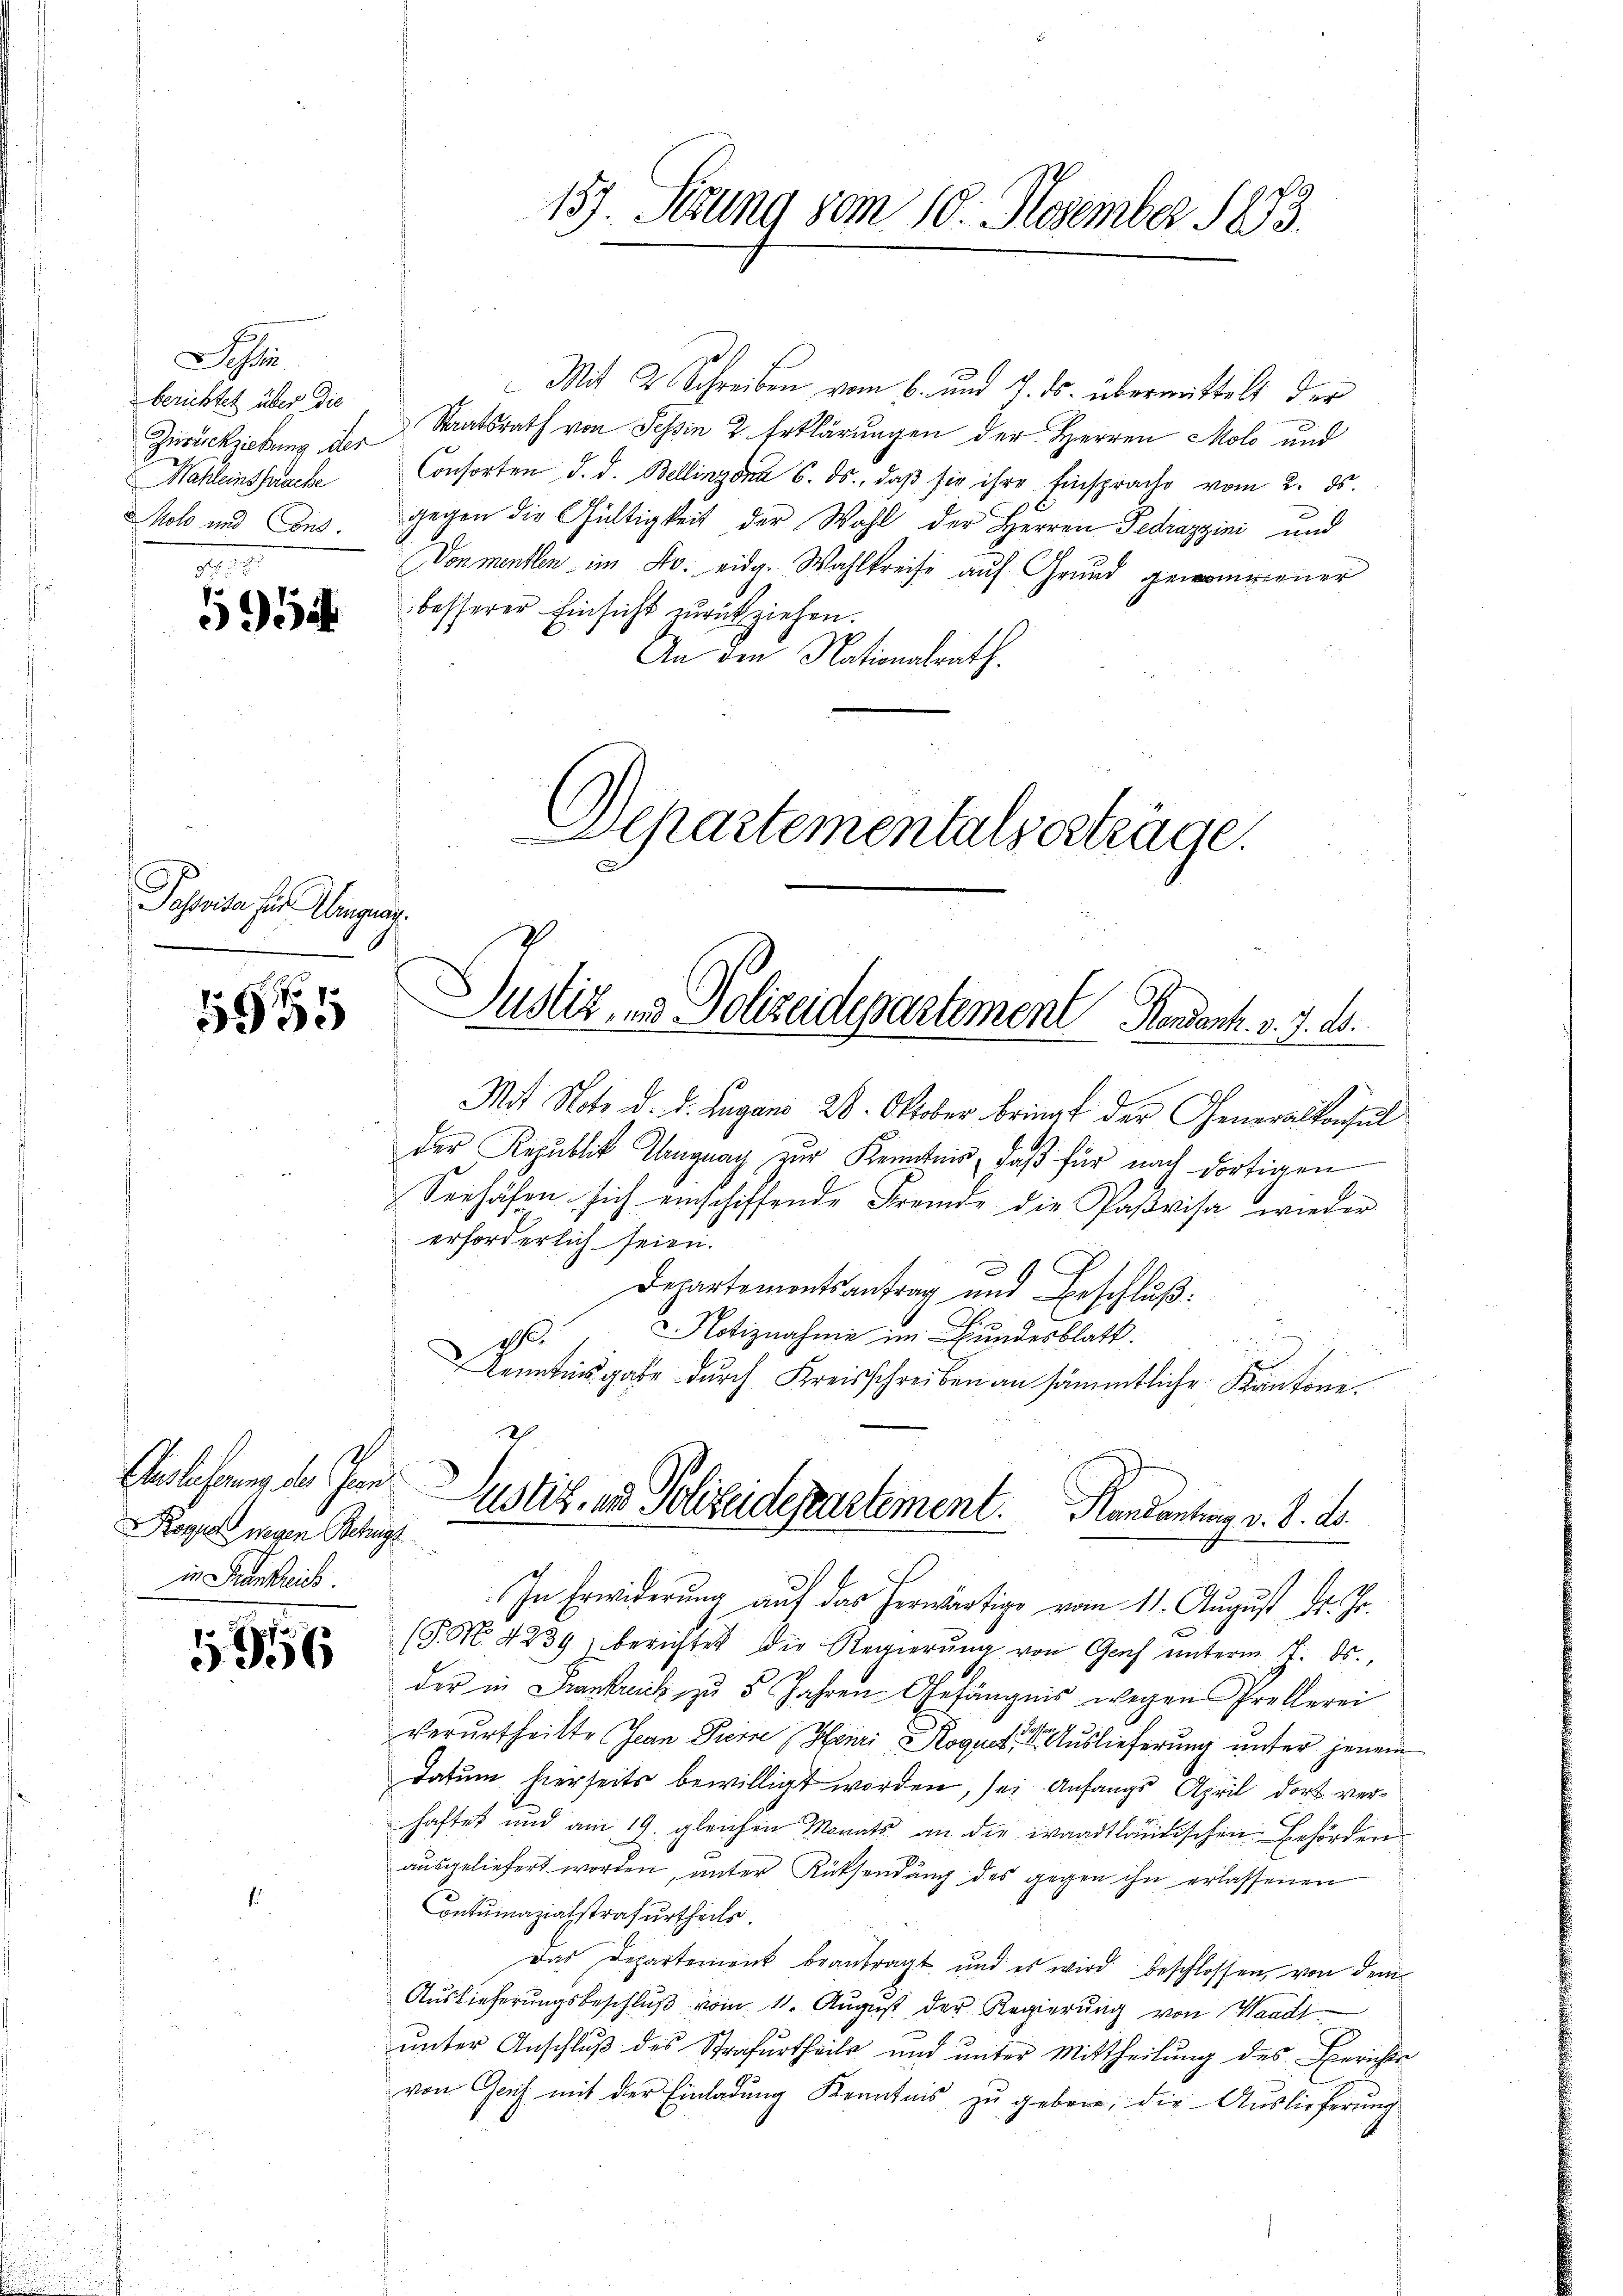
Ihlen
berichtet über die
Wohleinspruche
olo und Cons.

.
595

Schreiben hier Albergen

1965

Rogna wegen Behagt
in Krankreich.

1956

Mit 2 Schreiben vom 6. und 2. ds. übermittelt der
Zurücksickung der Staatsrath von Tessin 2 Erklärungen der Herren Molo und
Consorten d. d. Bellinzona 6. ds., daβ sie ihre Einsprache vom 2. ds.
gegen die Gültigkeit der Wahl der Herren Fedrazzini und
Donmensten im Fr. eidg. Wahlkreise auf Grund genommener
besserer Einsicht zurückziehen.
An den Nationalrath.
Separtementalserträge.

157. Setzung vom 10. November 1893.

f.
Justiz, in Polizeidepartement Pendant. v. 7. d.

Mit Note d. d. Lugano 28. Oktober bringt der Generalkonsul
der Republik Ungnach zur Kenntnis, daß für nach dortigen
Seehäfen sich einschiffende Fremde die Paßvisa wieder
erforderlich seien.
x
Departementsantrag und Beschluß:
NNotiznahme im Bundesblatt.
1.
Kenntnis gabe durch Kreisschreiben an sämmtliche Kantone.
In Erwiderung auf das herwärtige vom 11. August Dr. Js.
(J. M. 4239) berichtet die Regierung von Genf unterm 17. ds.,
der in Frankrick zu 5 Jahren Gefängnis wegen Prellerei
verurtheilte Jean Preise (Henri ogne Auslieferung unter jenem
Datum hierseits bewilligt worden, sei Anfangs April dort verhaftet und am 19. gleichen Monats an die waadtländischen Behörden
ausgeliefert worden, unter Rücksendung des gegen ihn erlassenen
ontumazialstrafurtheils.
Das Departement beantragt und es wird beschlossen, von dem
Aŭslieferŭngsbeschlŭβ vom 11. Aŭgŭst der Regierŭng von Waadt
unter Anschluß des Strafurtheils und unter Mittheilung des Berichte
von Geich mit der Einladung Kenntnis zu geben; die Auslieferung

Auslassung der Inen Justiz, an Polizeidepartement. Kandantung v. 8. ds.